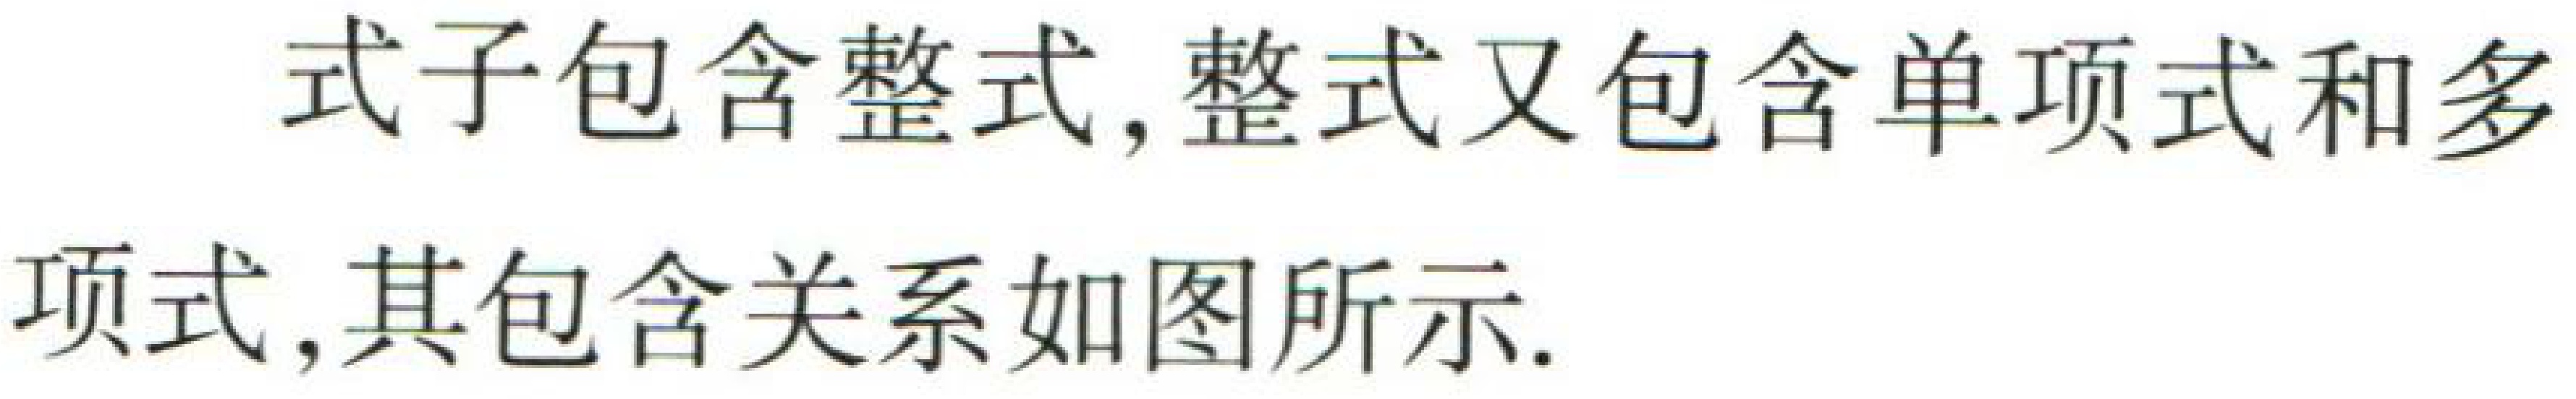
式子包含整式,整式又包含单项式和多项式,其包含关系如图所示.